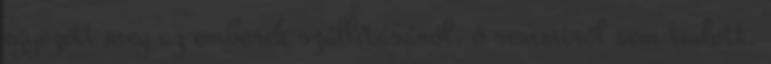
egyezett meg az emberek szállításáról, ő semmiről sem tudott.